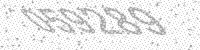
Solution: 059289